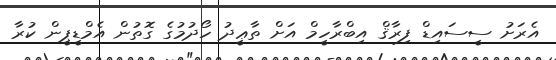
އެރަށު ސީސައިޑް ފިރާޤް އިބްރާހީމް އަށް ތާޢީދު ހޯދުމުގެ ގޮތުން އެމްޑީޕީން ކުރާ